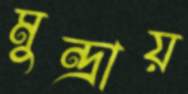
মুন্দ্রায়